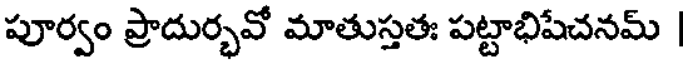
పూర్వం ప్రాదుర్భవో మాతుస్తతః పట్టాభిషేచనమ్ |